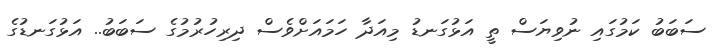
ސަބަބު ކަމުގައި ނުވިޔަސް ތީ އަޅުގަނޑު މިއަދާ ހަމައަށްވެސް ދިރިހުރުމުގެ ސަބަބު.. އަޅުގަނޑުގެ